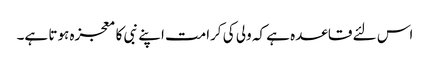
اس لئے قاعدہ ہے کہ ولی کی کرامت اپنے نبی کا معجزہ ہوتا ہے۔